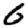
Digit: 6